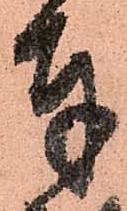
奉